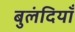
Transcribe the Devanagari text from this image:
बुलंदियाँ